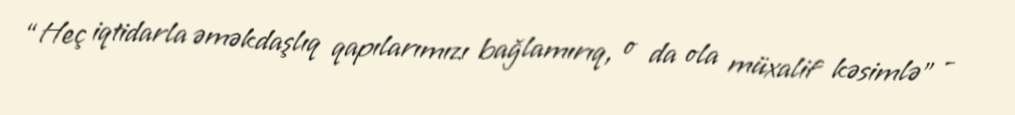
“Heç iqtidarla əməkdaşlıq qapılarımızı bağlamırıq, o da ola müxalif kəsimlə” -